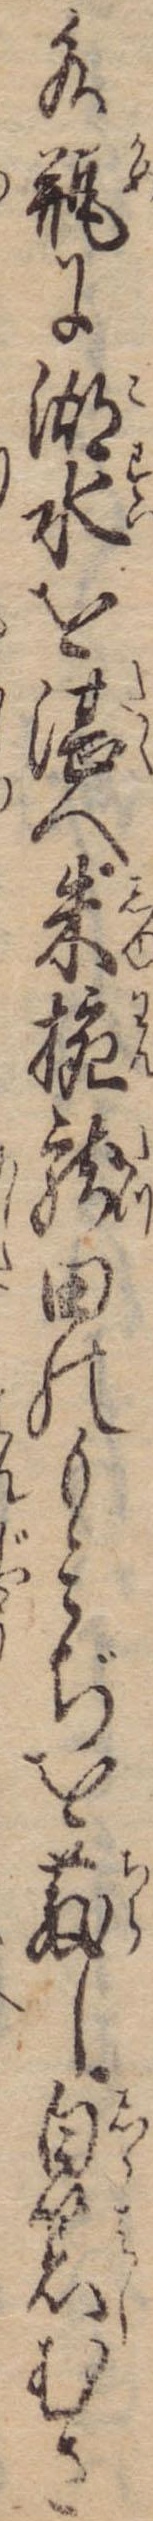
水瓶に湖水を湛へ朱椀竜田のもみぢを散し白箸むさ